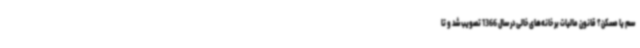
سم یا مسکن؟ قانون مالیات بر خانه‌های خالی در سال 1366 تصویب شد و تا